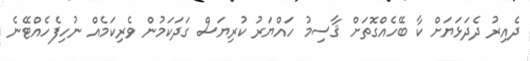
ދެއިރު ދެދަޅަޔަށް ކާ ބޭހެއްގޮތަށް ޤާސިމު ހައްޔަރު ކުރިޔަސް ގަދަކަމުން ވެރިކަމެއް ނުހިފެހެއްޓޭނެ